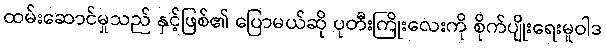
ထမ်းဆောင်မှုသည် နှင့်ဖြစ်၏ ပြောမယ်ဆို ပုတီးကြိုးလေးကို စိုက်ပျိုးရေးမူဝါဒ